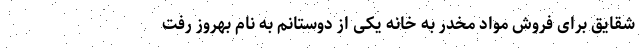
شقایق برای فروش مواد مخدر به خانه یکی از دوستانم به نام بهروز رفت